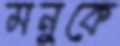
মনুকে